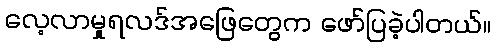
လေ့လာမှုရလဒ်အဖြေတွေက ဖော်ပြခဲ့ပါတယ်။